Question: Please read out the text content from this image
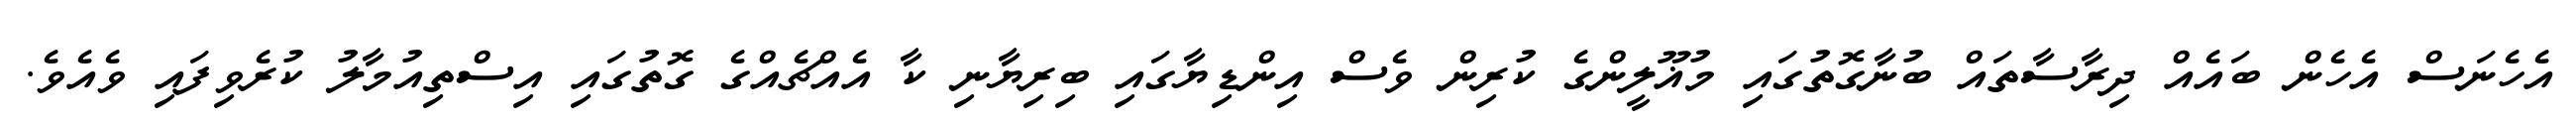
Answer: އެހެނަސް އެހެން ބައެއް ދިރާސާތައް ބުނާގޮތުގައި މުޣޫލީންގެ ކުރިން ވެސް އިންޑިޔާގައި ބިރިޔާނި ކާ އެއްޗެއްގެ ގޮތުގައި އިސްތިއުމާލު ކުރެވިފައި ވެއެވެ.